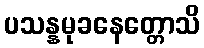
ပသန္နမုခနေတ္တောသိ